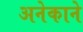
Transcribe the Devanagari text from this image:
अनेकाने